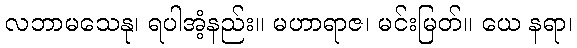
လဘာမသေနု၊ ရပါအံ့နည်း။ မဟာရာဇ၊ မင်းမြတ်။ ယေ နရာ၊